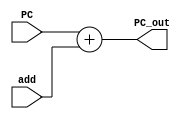
module PC_adder(PC, add, PC_out);

input [31:0] PC, add;
output reg[31:0] PC_out;

always @(PC, add) begin
PC_out = PC + add;
end

endmodule